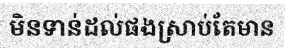
មិនទាន់ដល់ផងស្រាប់តែមាន